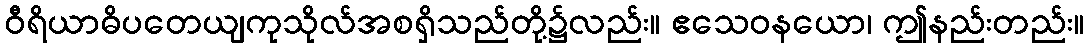
ဝီရိယာဓိပတေယျကုသိုလ်အစရှိသည်တို့၌လည်း။ ဧသေဝနယော၊ ဤနည်းတည်း။